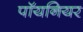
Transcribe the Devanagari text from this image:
पॉयनियर